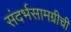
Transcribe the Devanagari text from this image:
संदर्भसामग्रीची